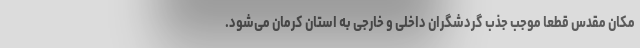
مکان مقدس قطعا موجب جذب گردشگران داخلی و خارجی به استان کرمان می‌شود.